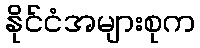
နိုင်ငံအများစုက